Annual report on the lock hospitals of the Madras Presidency
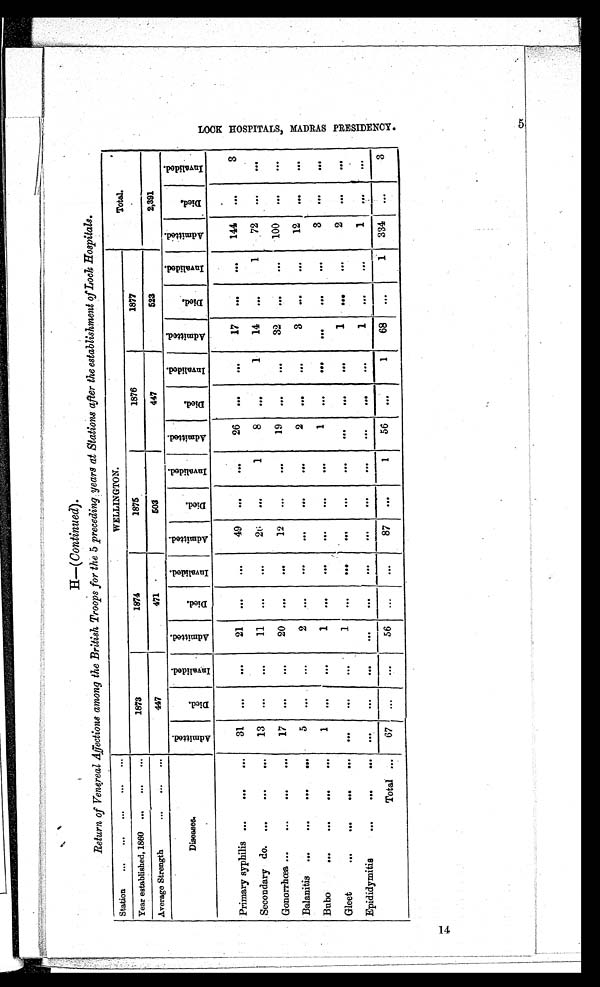
H--(Continued).
Return of Venereal Affections among the British Troops for the 5 preceding years at Stations after the establishment of Lock Hospitals.
Station
...
...
...
. . . ...
WELLINGTON.
Total.
Year established, 1860 ...
...
. . .
1873
1874
1875
1876
1877
Average Strength
...
. . .
. . .
447
471
503
447
523
2,391
Diseases.
A d m i t t e d .
D i e d .
I n v a l i d e d .
A d m i t t e d .
D i e d .
I n v a l i d e d .
A d m i t t e d .
D i e d .
I n v a l i d e d .
A d m i t t e d .
D i e d .
I n v a l i d e d .
A d m i t t e d .
D i e d .
I n v a l i d e d .
A d m i t t e d .
D i e d .
I n v a l i d e d .
Primary syphilis ...
...
. . .
31
. . .
. . .
21
. . .
. . .
49
. . .
. . .
26
...
. . .
17
. . .
. . . 144
. . .
3
Secondary do. ...
. . .
. . .
13
. . .
. . .
11
. . .
. . .
26
. . .
1
8
. . .
1
14
...
1
72
. . .
. . .
Gonorrhœa ...
. . .
. . .
. . .
17
. . .
. . .
20
. . .
. . .
12
. . .
. . .
19
. . .
. . .
32
. . .
. . . 100
. . .
. . .
Balanitis ...
. . .
. . .
. . .
5
. . .
. . .
2
. . .
. . .
. . .
. . .
2
. . .
. . .
3
. . .
. . .
12
. . .
. . .
Bubo
...
. . .
. . .
. . .
1
. . .
. . .
1
. . .
. . .
. . .
. . .
. . .
1
. . .
...
. . .
. . .
. . .
3
...
. . .
Gleet
...
. . .
. . .
. . .
. . .
. . .
. . .
1
. . .
. . .
. . .
. . .
. . .
. . .
. . .
...
1
. . .
...
2
. . .
. . .
Epididymitis
. . .
. . .
. . . . . .
. . . . . .
. . .
. . .
. . .
. . .
. . .
. . .
. . .
. . .
. . .
1
. . .
. . .
. . .
. . .
. . .
Total
. . .
67
...
1 56
...
. . .
87
. . .
1
56
. . .
1
68
. . .
1 334
. . .
3
L L O C K H O S P I T A L S M A D R A S P R E S I D E N C Y .